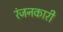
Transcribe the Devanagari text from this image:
रंजनकारी